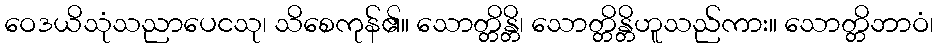
ဝေဒယိသုံသညာပေငသု၊ သိစေကုန်၏။ သောတ္တိန္တိ၊ သောတ္တိန္တိဟူသည်ကား။ သောတ္တိဘာဝံ၊